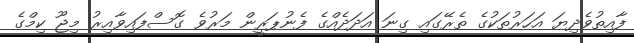
ފާއިތުވެދިޔަ އަހަރުތަކުގެ ތެރޭގައި ގިނަ އަދަދެއްގެ ފެނުޕަރީން މަރުވެ ގޮސްފައިވާއިރު މިޖޫ ކިމްގެ